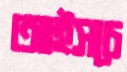
আইসচে